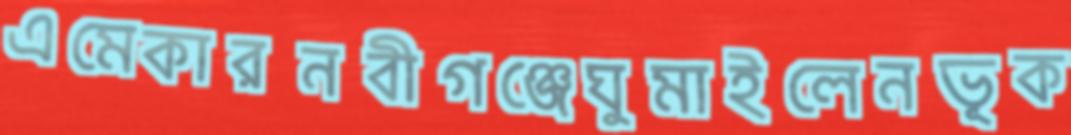
এমেকারনবীগঞ্জেঘুমাইলেনভূক